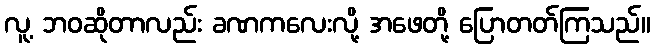
လူ့ ဘဝဆိုတာလည်း ခဏကလေးလို့ အဖေတို့ ပြောတတ်ကြသည်။